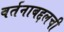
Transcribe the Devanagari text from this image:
वर्तनाबद्दलची